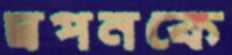
স্বপনকে